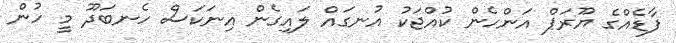
ފާޑެއްގެ ޔޫރަޕް އަންހެން ކުއްޖަކު އުނގައް ލައިގެން އިނަކަސް ހެނބަދޫ މީ ހުން